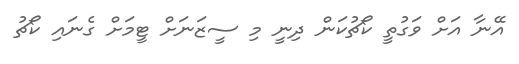
އޭނާ އަށް ވަގުތީ ކޯޗުކަން ދިނީ މި ސީޒަނަށް ޓީމަށް ގެނައި ކޯޗު